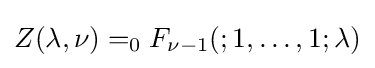
Z(\lambda ,\nu )=_{0}F_{\nu -1}(;1,\ldots ,1;\lambda )